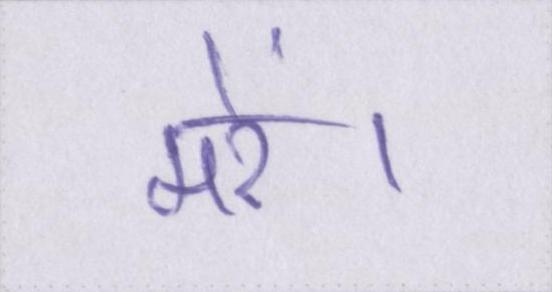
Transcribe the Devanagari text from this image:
मरें।